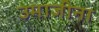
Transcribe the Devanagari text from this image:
उमाजीना